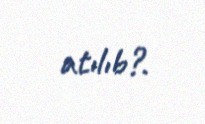
atılıb?.